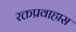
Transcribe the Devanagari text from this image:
रक्तप्रवाहास